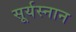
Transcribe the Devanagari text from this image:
सूर्यस्नान